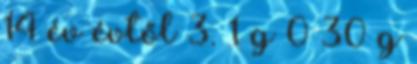
14 év évtől 3. 1 g 0 30 g